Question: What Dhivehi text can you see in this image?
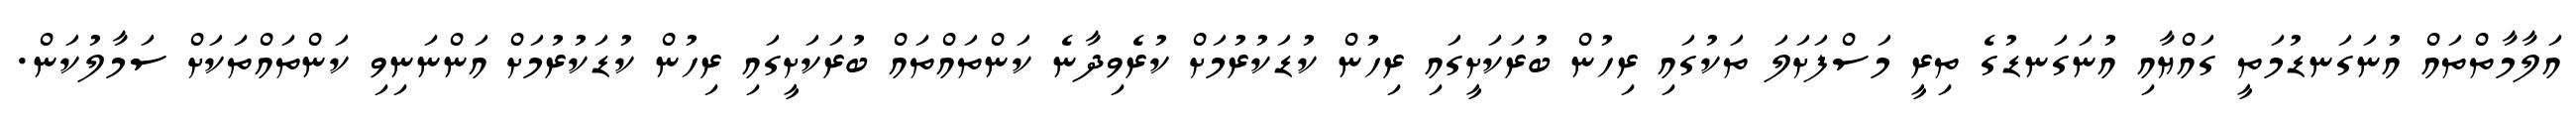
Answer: އަލާމާތްތައް އުނަގަނޑުމަތީ ގައްޔާއި އުނަގަނޑުގެ ތިރީ މަސްފަށަލަ ތަކުގައި ރިހުން ބުރަކަށީގައި ރިހުން ކުޑަކުރުމަށް ކުރެވިދާނެ ކަންތައްތައް ބުރަކަށީގައި ރިހުން ކުޑަކުރުމަށް އަންނަނިވި ކަންތައްތަކަށް ސަމާލުކަން.